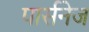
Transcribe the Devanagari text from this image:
पार्सनेज